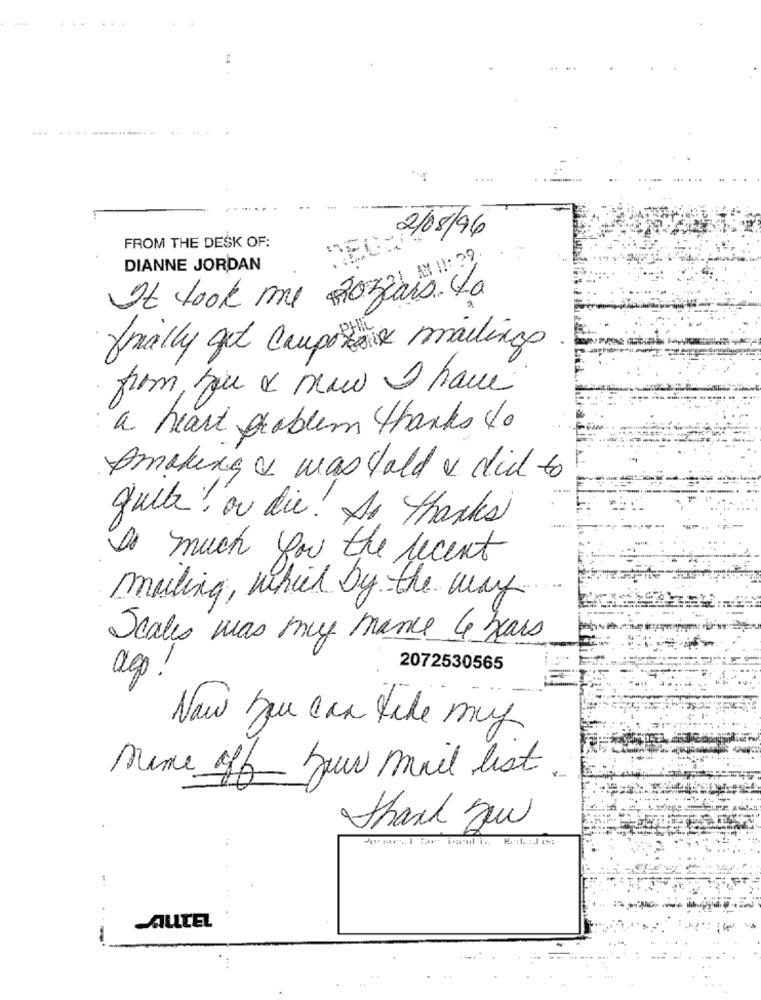
2/08/96
FROM THE DESK OF:
DIANNE JORDAN
It took me Rozais. La
finally get Campos mailings
from you a meu I have
a heart problem thanks to
Smoking & was told & did to
gull! or die. As thanks
much you the recent
mailing, which by the way
Scales was my mance 4 years
2072530565
agp!
Now you can take muy
name of your mail list
thank you
ALLTEL